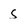
Character: s